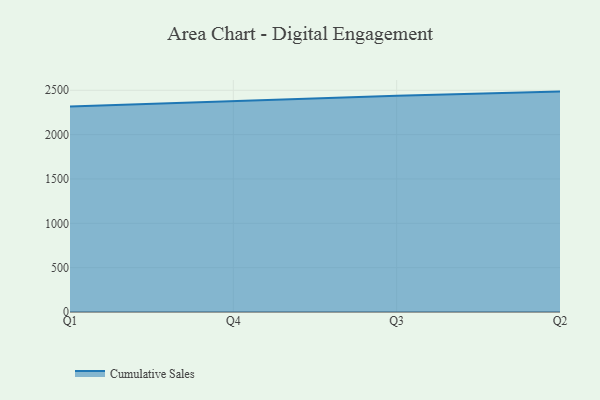
{"axis": {"x": "Quarter", "y": "Tickets Resolved"}, "legend": ["Cumulative Sales"], "data": [{"x": "Q1", "y": 2315.8, "type": "Cumulative Sales"}, {"x": "Q4", "y": 2374.9, "type": "Cumulative Sales"}, {"x": "Q3", "y": 2438.4, "type": "Cumulative Sales"}, {"x": "Q2", "y": 2485.2, "type": "Cumulative Sales"}]}